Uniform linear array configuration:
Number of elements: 32
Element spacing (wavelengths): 1
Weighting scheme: hann
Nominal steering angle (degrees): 30
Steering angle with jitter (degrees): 30.75
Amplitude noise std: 0.05
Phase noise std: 0.05

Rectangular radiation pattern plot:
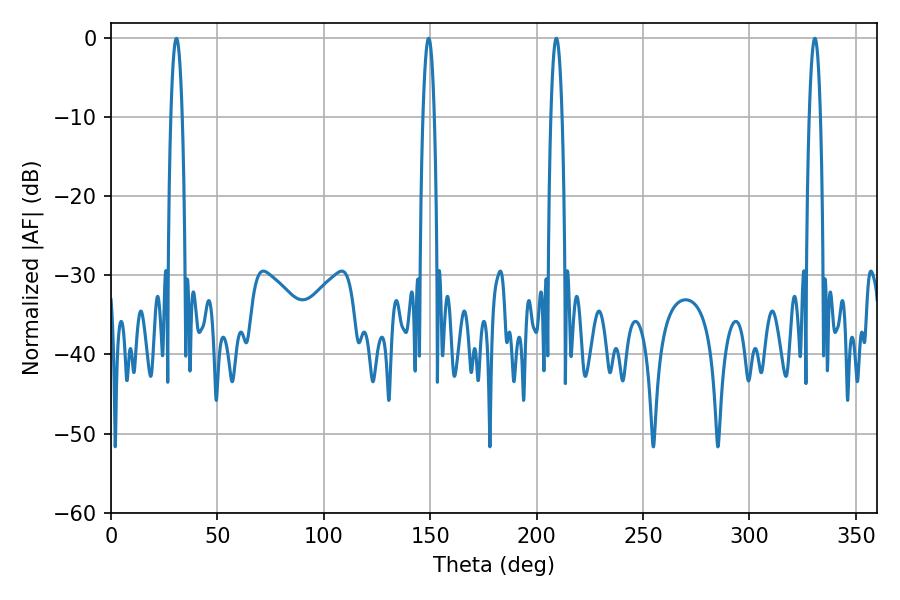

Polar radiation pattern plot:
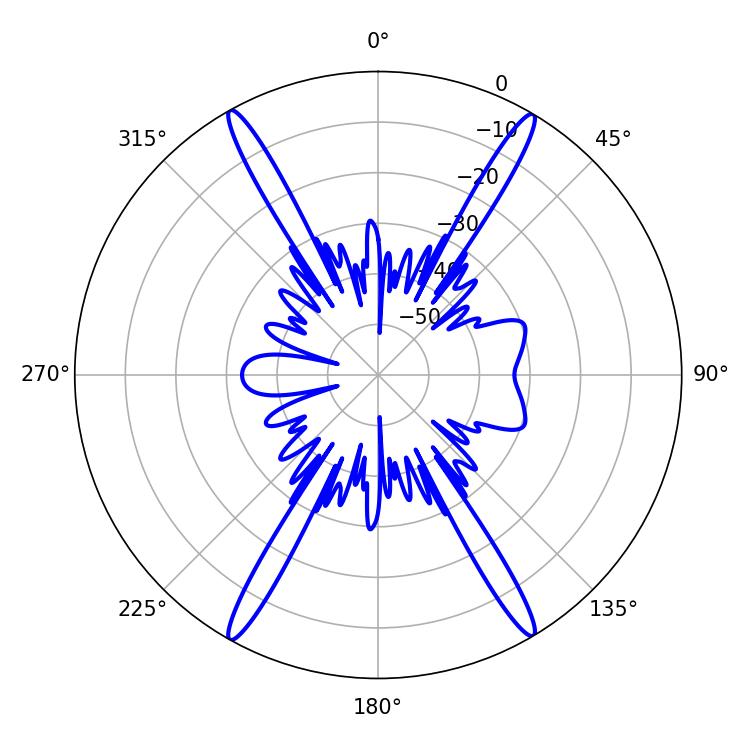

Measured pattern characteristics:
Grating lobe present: TRUE
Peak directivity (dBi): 27.253
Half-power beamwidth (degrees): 2.88
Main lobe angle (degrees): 30.78